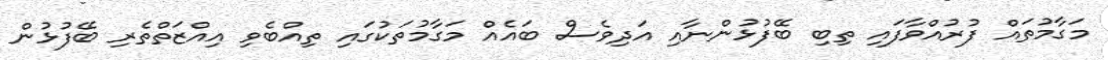
މަގާމުތައް ފުރުއްވާފައި ތިބި ބޭފުޅުންނާއި އަދިވެސް ބައެއް މަގާމުތަކުގައި ތިއްބެވި އިއްޒަތްތެރި ބޭފުޅުން